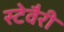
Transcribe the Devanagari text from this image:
स्टेवैरी